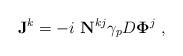
LaTeX: \begin{align*}{\bf J}^k= -i~{\bf N}^{kj}\gamma_p D {\bf \Phi}^j ~ ,\end{align*}